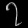
Digit: ၇